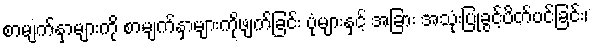
စာမျက်နှာများကို စာမျက်နှာများကိုဖျက်ခြင်း ပုံများနှင့် အခြား အသုံးပြုခွင့်ပိတ်ပင်ခြင်း၊